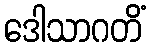
ဒေါသာဂတိံ